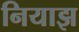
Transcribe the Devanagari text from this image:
नियाझ